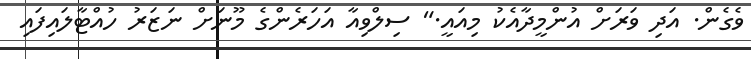
ވެގެން. އަދި ވަރަށް އުންމީދާއެކު މިއައީ." ސިލްވިއާ އަހަރެންގެ މޫނަށް ނަޒަރު ހުއްޓާލައިފައި